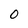
Character: 0